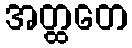
အတ္ထတေ